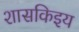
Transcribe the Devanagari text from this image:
शासकिइय